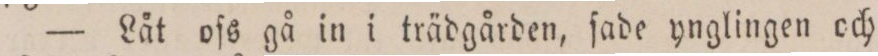
— Låt ofs gå in i trädgården, ſade ynglingen och